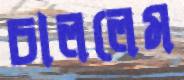
চাললেম